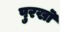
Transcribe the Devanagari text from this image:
पुरखॊं